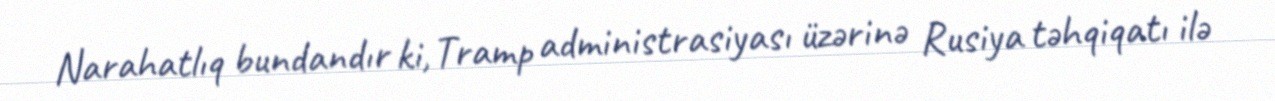
Narahatlıq bundandır ki, Tramp administrasiyası üzərinə Rusiya təhqiqatı ilə